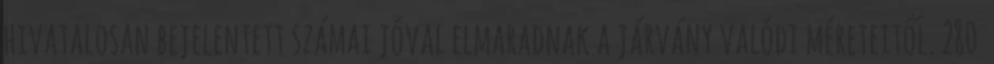
hivatalosan bejelentett számai jóval elmaradnak a járvány valódi méreteitől. 280